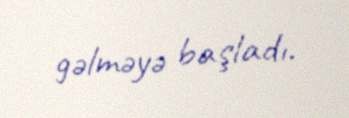
gəlməyə başladı.